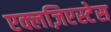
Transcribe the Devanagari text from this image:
एक्लज़िएस्टेस